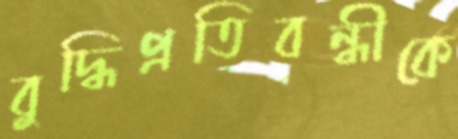
বুদ্ধিপ্রতিবন্ধীকে